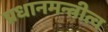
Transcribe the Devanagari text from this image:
प्रधानमन्त्रीत्व